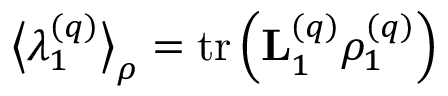
\big \langle \lambda _ { 1 } ^ { \left( q \right) } \big \rangle _ { \rho } = \operatorname { t r } \left( \mathbf { L } _ { 1 } ^ { \left( q \right) } \rho _ { 1 } ^ { \left( q \right) } \right)